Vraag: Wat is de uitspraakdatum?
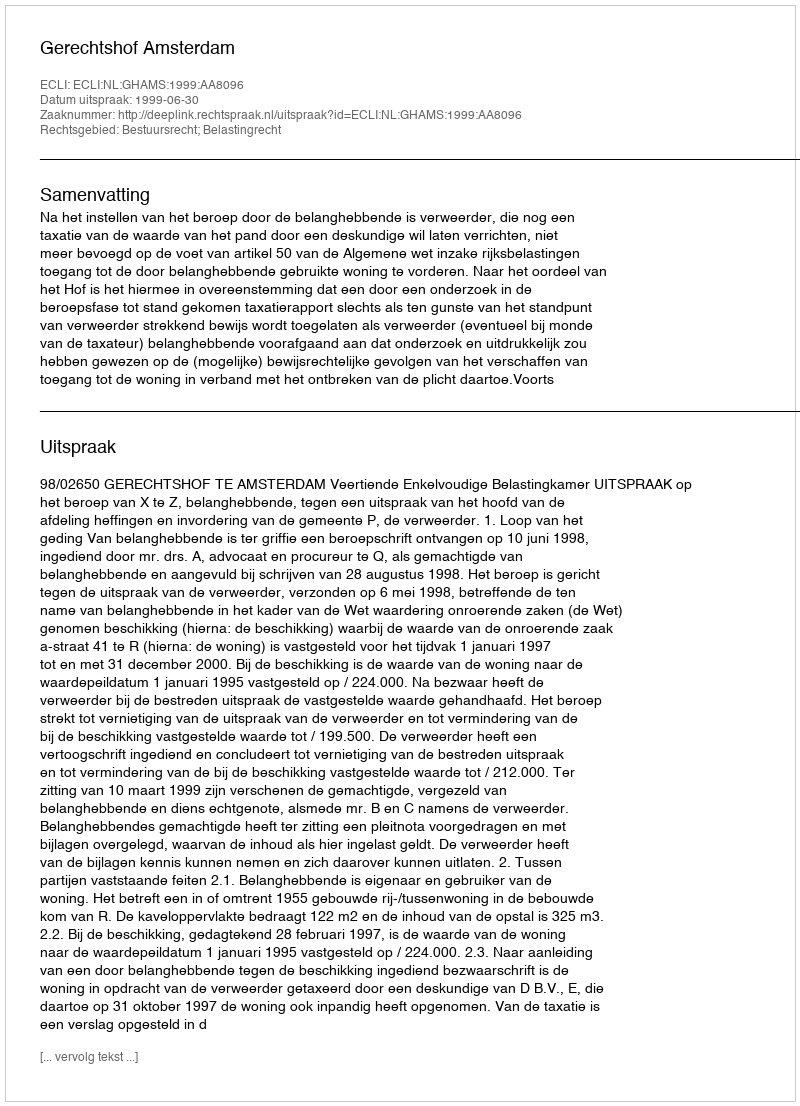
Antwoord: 1999-06-30